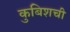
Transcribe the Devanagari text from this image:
कुबिशची